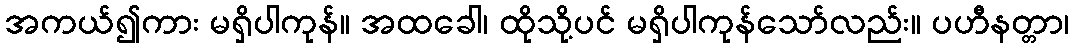
အကယ်၍ကား မရှိပါကုန်။ အထခေါ၊ ထိုသို့ပင် မရှိပါကုန်သော်လည်း။ ပဟီနတ္တာ၊